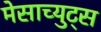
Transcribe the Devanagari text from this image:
मेसाच्युट्स